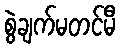
စွဲချက်မတင်မီ